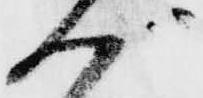
づ